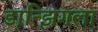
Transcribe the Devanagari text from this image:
डान्झिगला